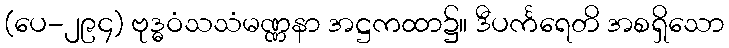
(ပေ-၂၉၄) ဗုဒ္ဓဝံသသံမဏ္ဏနာ အဋ္ဌကထာ၌။ ဒီပင်္ကရေတိ အစရှိသော